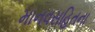
માનવસહિતના